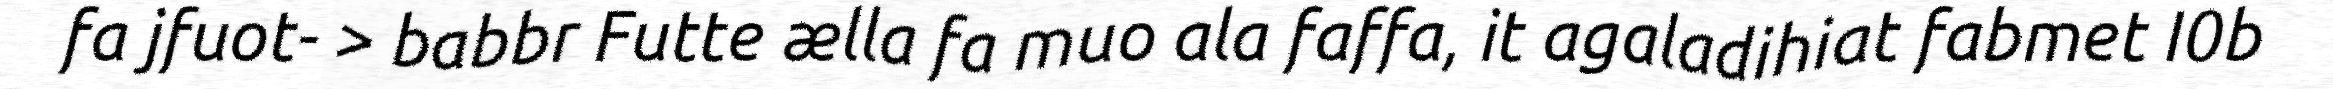
fa jfuot- > babbr Futte ælla fa muo ala faffa, it agaladihiat fabmet I0b